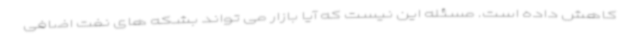
کاهش داده است. مسئله این نیست که آیا بازار می تواند بشکه های نفت اضافی